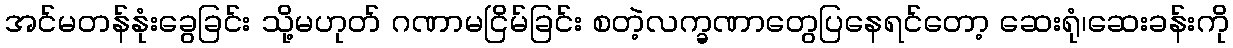
အင်မတန်နုံးခွေခြင်း သို့မဟုတ် ဂဏာမငြိမ်ခြင်း စတဲ့လက္ခဏာတွေပြနေရင်တော့ ဆေးရုံ၊ဆေးခန်းကို